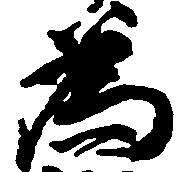
為